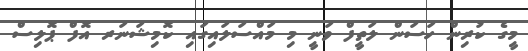
މީގެ ކުރިން ހަސަން ލަތީފް ވަނީ މި މައްސަލައިގައި ކޮމިޝަނަރ އޮފް ޕޮލިސް